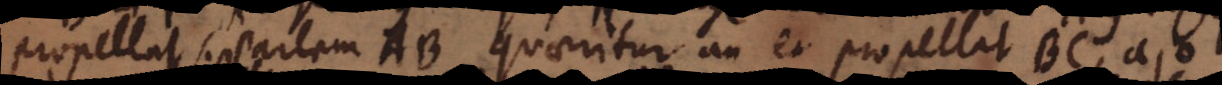
propellat partem AB, quaeritur an et propellat BC, ajo